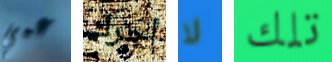
عمي أجرك لا تلك